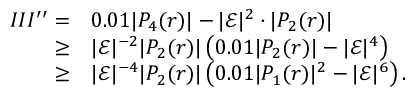
\begin{array} { r l } { I I I ^ { \prime \prime } = } & { 0 . 0 1 | P _ { 4 } ( r ) | - | \mathcal { E } | ^ { 2 } \cdot | P _ { 2 } ( r ) | } \\ { \geq } & { | \mathcal { E } | ^ { - 2 } | P _ { 2 } ( r ) | \left( 0 . 0 1 | P _ { 2 } ( r ) | - | \mathcal { E } | ^ { 4 } \right) } \\ { \geq } & { | \mathcal { E } | ^ { - 4 } | P _ { 2 } ( r ) | \left( 0 . 0 1 | P _ { 1 } ( r ) | ^ { 2 } - | \mathcal { E } | ^ { 6 } \right) . } \end{array}